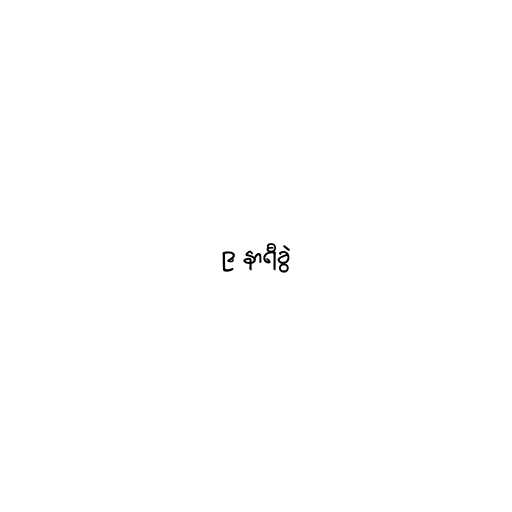
၉ နာရီခွဲ